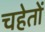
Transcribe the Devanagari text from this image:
चहेतों